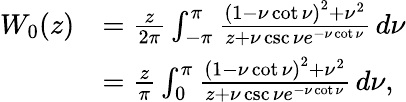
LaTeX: {\begin{array}{rl}{W_{0}(z)}&{={\frac{z}{2\pi}}\int_{-\pi}^{\pi}{\frac{\left(1-\nu\cot\nu\right)^{2}+\nu^{2}}{z+\nu\csc\nu e^{-\nu\cot\nu}}}\, d\nu}\\ &{={\frac{z}{\pi}}\int_{0}^{\pi}{\frac{\left(1-\nu\cot\nu\right)^{2}+\nu^{2}}{z+\nu\csc\nu e^{-\nu\cot\nu}}}\, d\nu,}\end{array}}